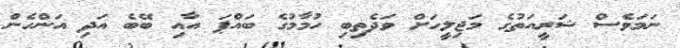
ނަމަވެސް ޝަރީއަތުގެ މަޖިލީހަށް ވަދެތިބި ހުމާމުގެ ބައްޕަ އާއި ބޭބެ އަދި އަންހެން